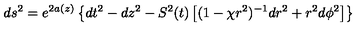
d s ^ { 2 } = e ^ { 2 a ( z ) } \left\{ d t ^ { 2 } - d z ^ { 2 } - S ^ { 2 } ( t ) \left[ ( 1 - { \chi } r ^ { 2 } ) ^ { - 1 } d r ^ { 2 } + r ^ { 2 } d { \phi } ^ { 2 } \right] \right\}